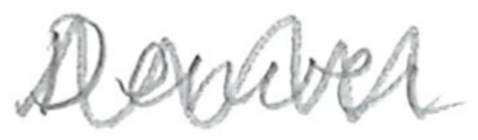
Text: Denver
Cross-out: zig-zag
Writing tool: pencil